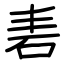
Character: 砉